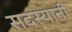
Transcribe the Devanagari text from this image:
सदस्यानी